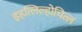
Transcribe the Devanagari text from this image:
इहत्लिल्होचित्ल